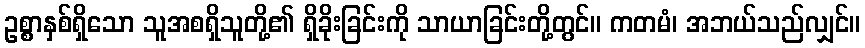
ဥစ္စာနှစ်ရှိသော သူအစရှိသူတို့၏ ရှိခိုးခြင်းကို သာယာခြင်းတို့တွင်။ ကတမံ၊ အဘယ်သည်လျှင်။